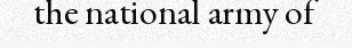
the national army of